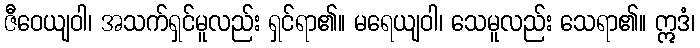
ဇီဝေယျဝါ၊ အသက်ရှင်မူလည်း ရှင်ရာ၏။ မရေယျဝါ၊ သေမူလည်း သေရာ၏။ ဣဒံ၊